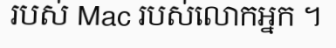
របស់ Mac របស់លោកអ្នក ។